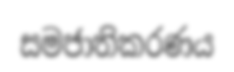
සමජාතිකරණය